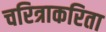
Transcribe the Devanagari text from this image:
चरित्राकरिता